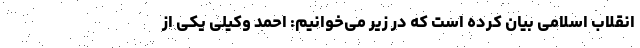
انقلاب اسلامی بیان کرده است که در زیر می‌خوانیم: احمد وکیلی یکی از